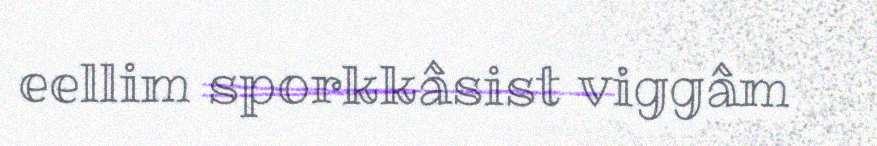
eellim sporkkâsist viggâm